Reports on dispensaries and lunatic asylums in the Province of Oudh - 1869-1876
Year: 1869
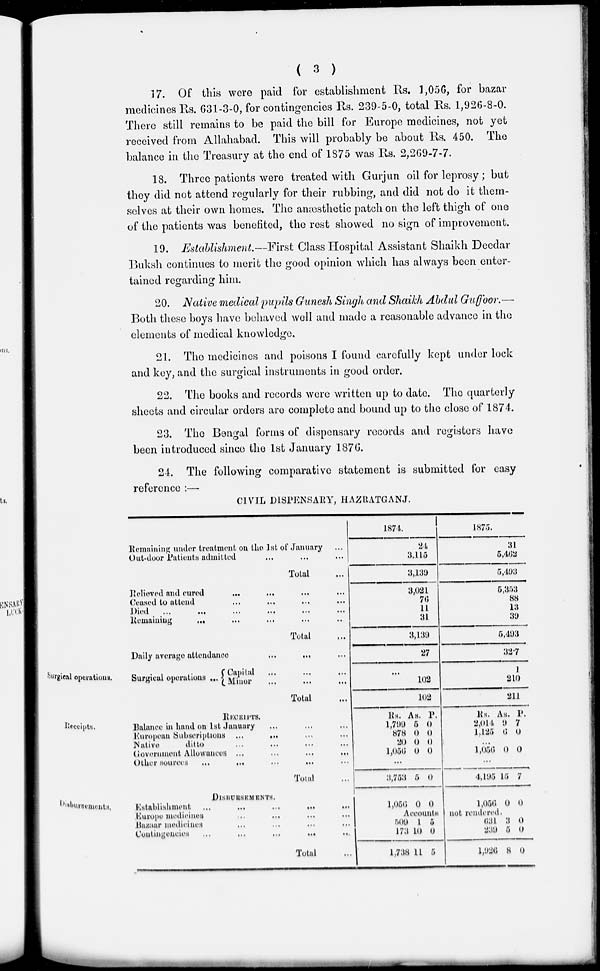
( 3 )
17. Of this were paid for establishment Rs. 1,056, for bazar
medicines Rs. 631-3-0, for contingencies Rs. 239-5-0, total Rs. 1,926-8-0.
There still remains to be paid the bill for Europe medicines, not yet
received from Allahabad. This will probably be about Rs. 450. The
balance in the Treasury at the end of 1875 was Rs. 2,269-7-7.
18. Three patients were treated with Gurjun oil for leprosy; but
they did not attend regularly for their rubbing, and did not do it them-
selves at their own homes. The anæsthetic patch on the left thigh of one
of the patients was benefited, the rest showed no sign of improvement.
19. Establishment.—First Class Hospital Assistant Shaikh Deedar
Buksh continues to merit the good opinion which has always been enter-
tained regarding him.
20. Native medical pupils Gunesh Singh and Shaikh Abdul Guffoor.—
Both these boys have behaved well and made a reasonable advance in the
elements of medical knowledge.
21. The medicines and poisons I found carefully kept under lock
and key, and the surgical instruments in good order.
22. The books and records were written up to date. The quarterly
sheets and circular orders are complete and bound up to the close of 1874.
23. The Bengal forms of dispensary records and registers have
been introduced since the 1st January 1876.
24. The following comparative statement is submitted for easy
reference :—
CIVIL DISPENSARY, HAZRATGANJ.
Remaining under treatment on the 1st of January …
Out-door Patients admitted ... ... ...
Total ...
Relieved and cured … … … …
Ceased to attend … … … …
Died … … … … …
Remaining … … … … …
Total …
1874.
24
3,115
3,139
3,021
76
11
31
3,139
1875.
31
5,462
5,493
5,353
88
13
39
5,493
Surgical operations.
Daily average
attendance
…
…
…
Surgical operations ...
Capital … … …
Minor ... ... ...
Total ...
27
...
102
102
327
1
210
211
Receipts.
RECEIPTS.
Balance in hand on 1st January … … …
European Subscriptions … … … …
Native
ditto … … … …
Government Allowances … … … …
Other sources … … … … …
Total …
Rs.
1,799
878
20
1,056
As.
5
0
0
0
P.
0
0
0
0
...
3,753 5 0
Rs.
2,014
1,125
As.
9
6
P.
7
0
...
1,056 0 0
...
4,195 15 7
Disbursements.
DISBURSEMENTS.
Establishment
…
…
…
…
…
Europe medicines … … … …
Bazaar medicines … … … …
Contingencies
…
…
…
…
…
Total …
1,056 0 0
Accounts
509
173
1,738
1
10
11
5
0
5
1,056 0 0
not rendered.
631
239
1,926
3
5
8
0
0
0